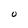
Character: U